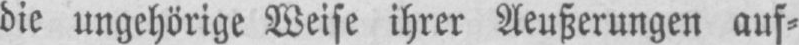
die ungehörige Weise ihrer Aeußerungen auf⸗